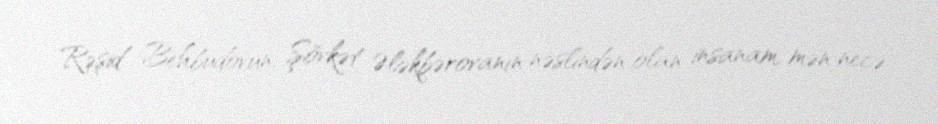
Rəşid Behbudovun, Şövkət Ələkbərovanın nəslindən olan insanam, mən necə